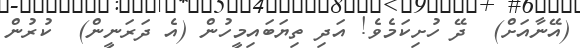
(އޭނާއަށް)  ދޭ ހުށިކަމެވެ! އަދި ތިޔަބައިމީހުން (އެ ދަރަނީން)  ކުރުން